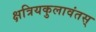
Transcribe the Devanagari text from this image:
क्षत्रियकुलावंतस्